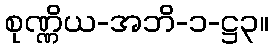
စုဏ္ဏိယ-အဘိ-၁-ဋ္ဌ၃။